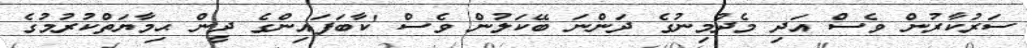
ސަރުކާރުން ވެސް އަދި މެދުމިނުގެ ދަންނަ ބޭކަލުން ވެސް 'ކާބަފައިންގެ ދީން ޙިމާޔަތްކުރުމުގެ